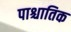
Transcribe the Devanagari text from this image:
पाश्चातिक